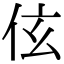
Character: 伭